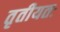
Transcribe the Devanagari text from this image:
तृतीयतः